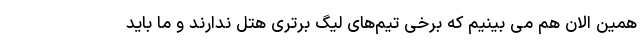
همین الان هم می بینیم که برخی تیم‌های لیگ برتری هتل ندارند و ما باید